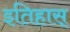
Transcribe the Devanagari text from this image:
इतिहास्